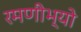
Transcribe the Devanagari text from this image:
रमणीभ्यो